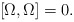
\begin{align*}\left[ \Omega ,\Omega \right] =0. \end{align*}